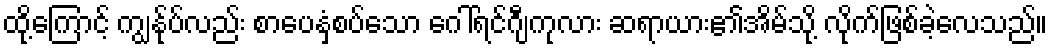
ထို့ကြောင့် ကျွန်ုပ်လည်း စာပေနှံ့စပ်သော ဂေါ်ရင်ဂျီကုလား ဆရာယား၏အိမ်သို့ လိုက်ဖြစ်ခဲ့လေသည်။